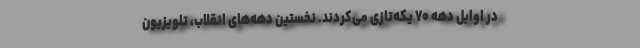
در اوایل دهه ۷۰ یکه‌تازی می‌کردند. نخستین دهه‌های انقلاب، تلویزیون